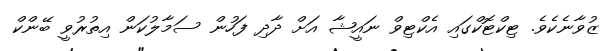
ޒުވާނެކެވެ. ޓިކްޓޮކްގައި އެކްޓިވް ނައީޝާ އަށް ދާދި ފަހުން ސަމާލުކަން އިތުރުވީ ބޭންކް